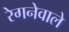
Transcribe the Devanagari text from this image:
रेगनेवाले